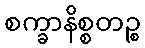
စက္ခာနိစ္စတဉ္စ